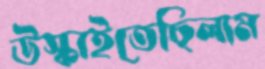
উস্‌কাইতেছিলাম